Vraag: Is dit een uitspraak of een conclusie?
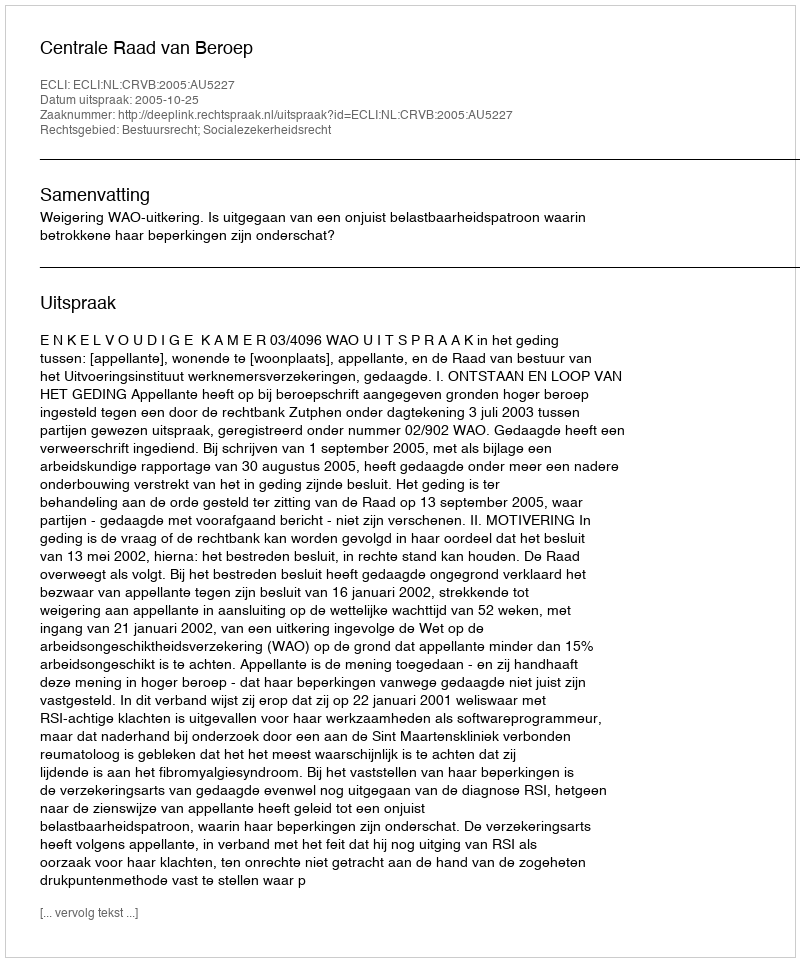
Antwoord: Uitspraak